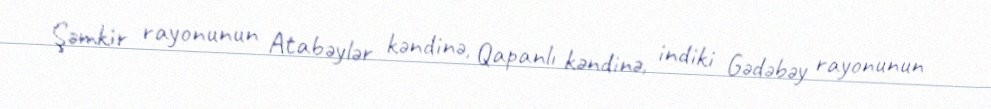
Şəmkir rayonunun Atabəylər kəndinə, Qapanlı kəndinə, indiki Gədəbəy rayonunun